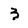
Character: 3